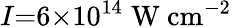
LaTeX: I{=}6{\times}10^{14}\; \mathrm{W}\ \mathrm{cm}^{-2}